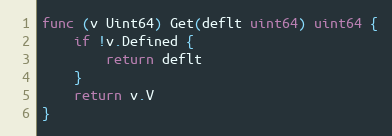
Language: Go
func (v Uint64) Get(deflt uint64) uint64 {
	if !v.Defined {
		return deflt
	}
	return v.V
}